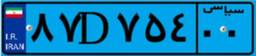
۹۵D۲۶۸۶۳